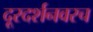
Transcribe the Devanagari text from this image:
दूरदर्शनवरच